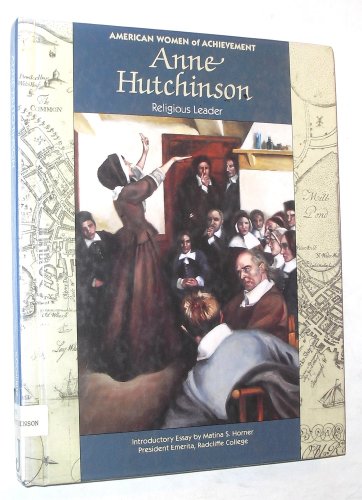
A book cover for Anne Hutchinson (Women of Achievement); Elizabeth Ilgenfritz; Teen & Young Adult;